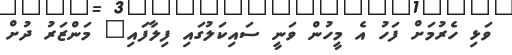
ވަޅި ހެރުމަށް ފަހު އެ މީހުން ވަނީ ސައިކަލުގައި ފިލާފައި" މަންޒަރު ދުށް